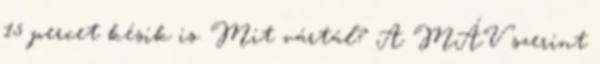
15 percet késik is. Mit vártál? A MÁV szerint